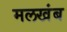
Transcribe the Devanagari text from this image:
मलखंब